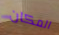
المكان